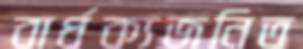
বার্ধক্যজনিত